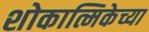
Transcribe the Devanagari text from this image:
शोकात्मिकेच्या